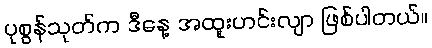
ပုစွန်သုတ်က ဒီနေ့ အထူးဟင်းလျာ ဖြစ်ပါတယ်။